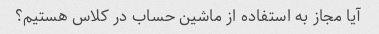
آیا مجاز به استفاده از ماشین حساب در کلاس هستیم؟